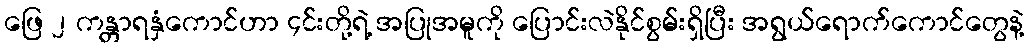
ဖြေ ၂ ကန္တာရနှံကောင်ဟာ ၄င်းတို့ရဲ့ အပြုအမူကို ပြောင်းလဲနိုင်စွမ်းရှိပြီး အရွယ်ရောက်ကောင်တွေနဲ့